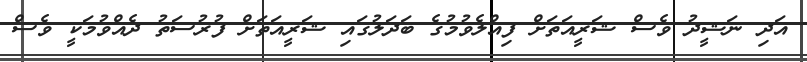
އަދި ނަޝީދު ވެސް ޝަރީއަތަށް ފިއްލެވުމުގެ ބަދަލުގައި ޝަރީއަތަށް ފުރުސަތު ދެއްވުމަކީ ވެސް